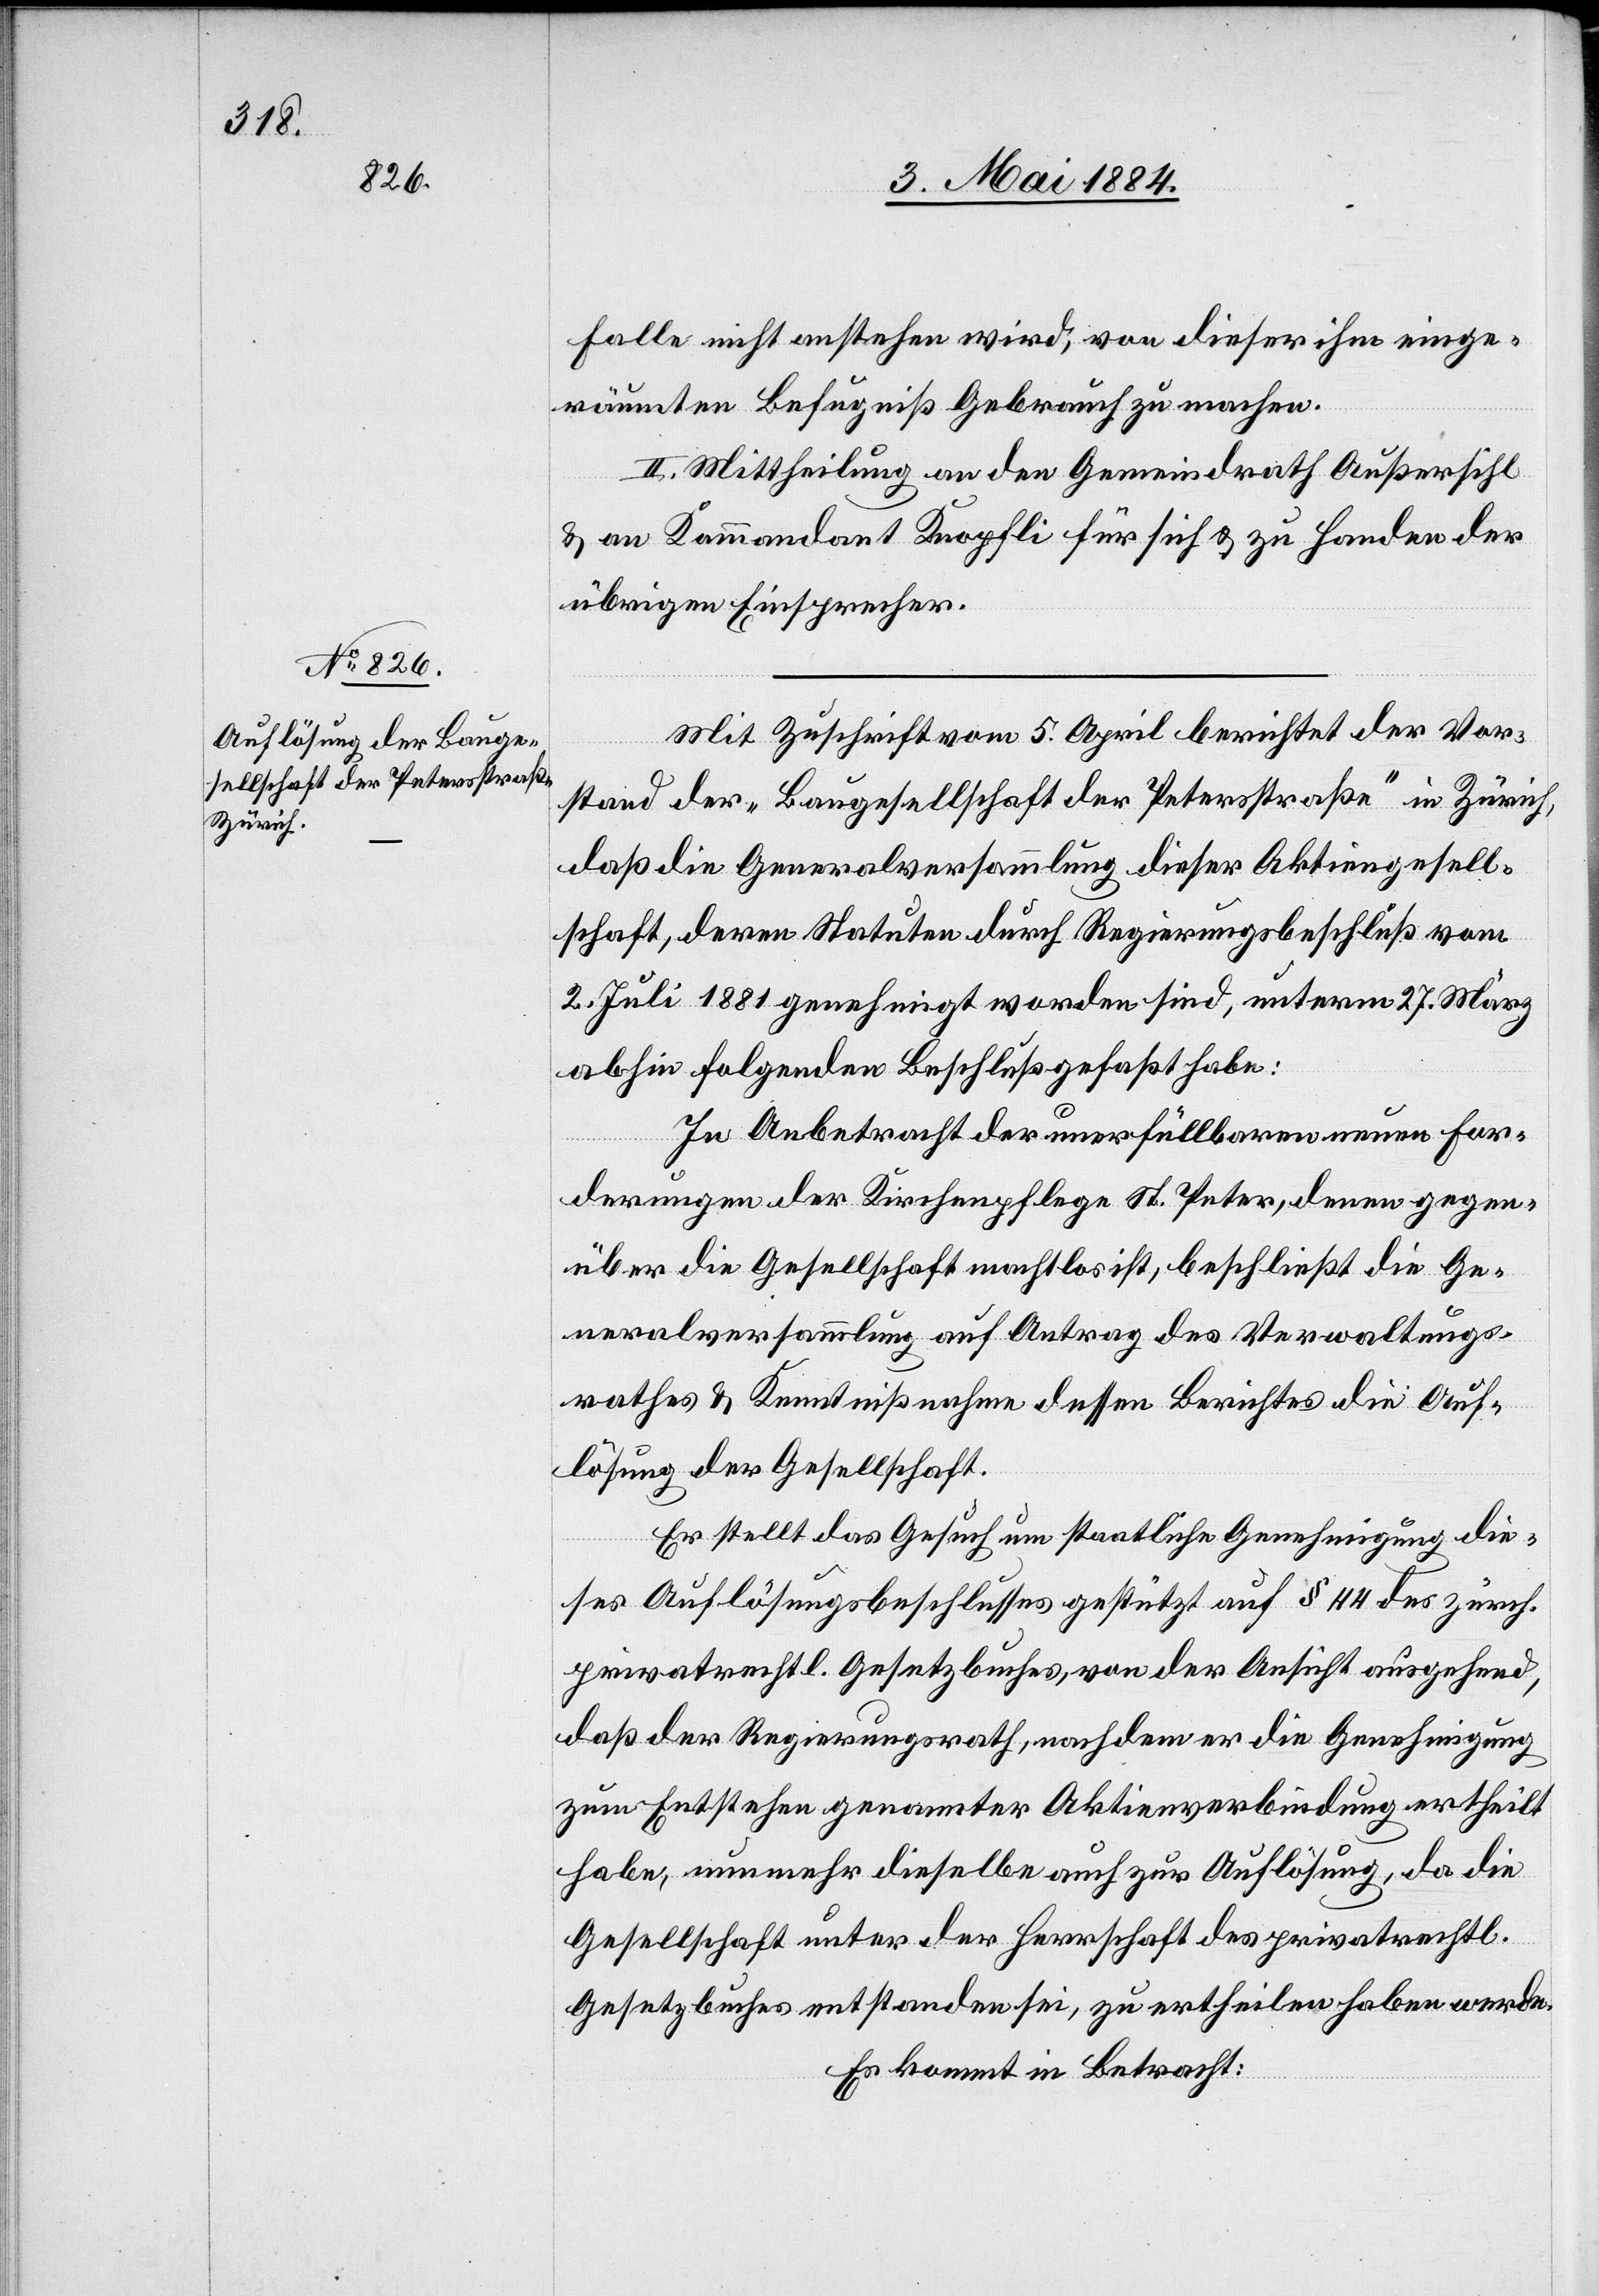
Falle nicht anstehen wird, von dieser ihm einge¬
räumten Befugniß Gebrauch zu machen.
II. Mittheilung an den Gemeindrath Außersihl
& an Kommandant Knopfli für sich & zu Handen der
übrigen Einsprachen.
Mit Zuschrift vom 5. April berichtet der Vor¬
stand der „Baugesellschaft der Petersstraße“ in Zürich,
daß die Generalversammlung dieser Aktiengesell¬
schaft, deren Statuten durch Regierungsbeschluß vom
2. Juli 1884 genehmigt worden sind, unterm 27. März
abhin folgenden Beschluß gefaßt habe:
In Anbetracht der unerfüllbaren neuen For¬
derungen der Kirchenpflege St. Peter, deren gegen¬
über die Gesellschaft machtlos ist, beschließt die Ge¬
neralversammlung auf Antrag des Verwaltungs¬
rathes & Kenntnißnahme dessen Berichtes die Auf¬
lösung der Gesellschaft.
Er stellt das Gesuch um staatliche Genehmigung die¬
ses Auflösungsbeschlusses gestützt auf § 44 des zürch.
privatrechtl. Gesetzbuches, von der Ansicht ausgehend,
daß der Regierungsrath, nach dem er die Genehmigung
zum Entstehen genannter Aktenverbindung ertheilt
habe, nun mehr dieselbe auch zur Auflösung, da die
Gesellschaft unter der Herrschaft des privatrechtl.
Gesetzbuches entstanden sei, zu ertheilen haben werde.
Es kommt in Betracht: